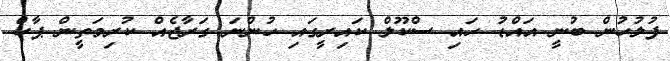
ފުލުހުން ބުނީ އައްޑު ހައި ސްކޫލް ކައިރީގައި ހުންނަ ގަރާޖެއް ކުރިމަތީން ޕާކް